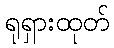
ရုရှားထုတ်